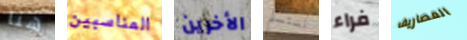
هنا المناسبين الأخرين نستسلم فراء المصاريف